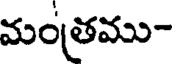
మంత్రము-